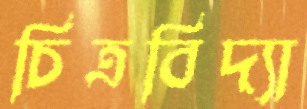
চিত্রবিদ্যা